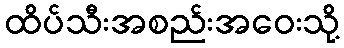
ထိပ်သီးအစည်းအဝေးသို့